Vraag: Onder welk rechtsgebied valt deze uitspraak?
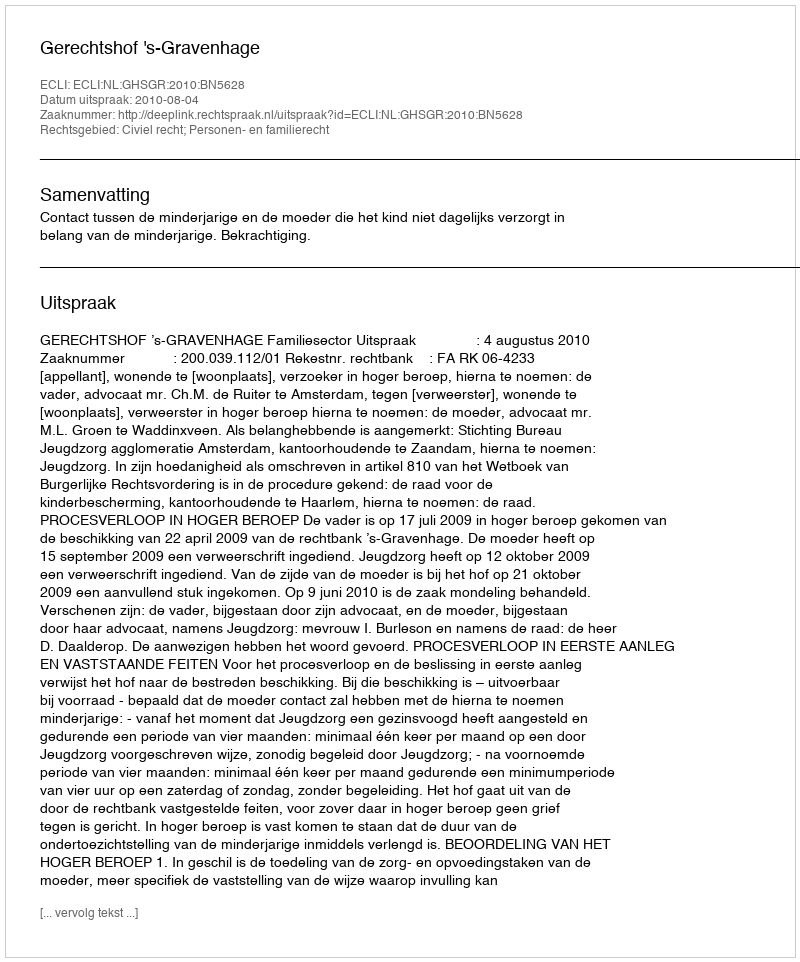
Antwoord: Civiel recht; Personen- en familierecht